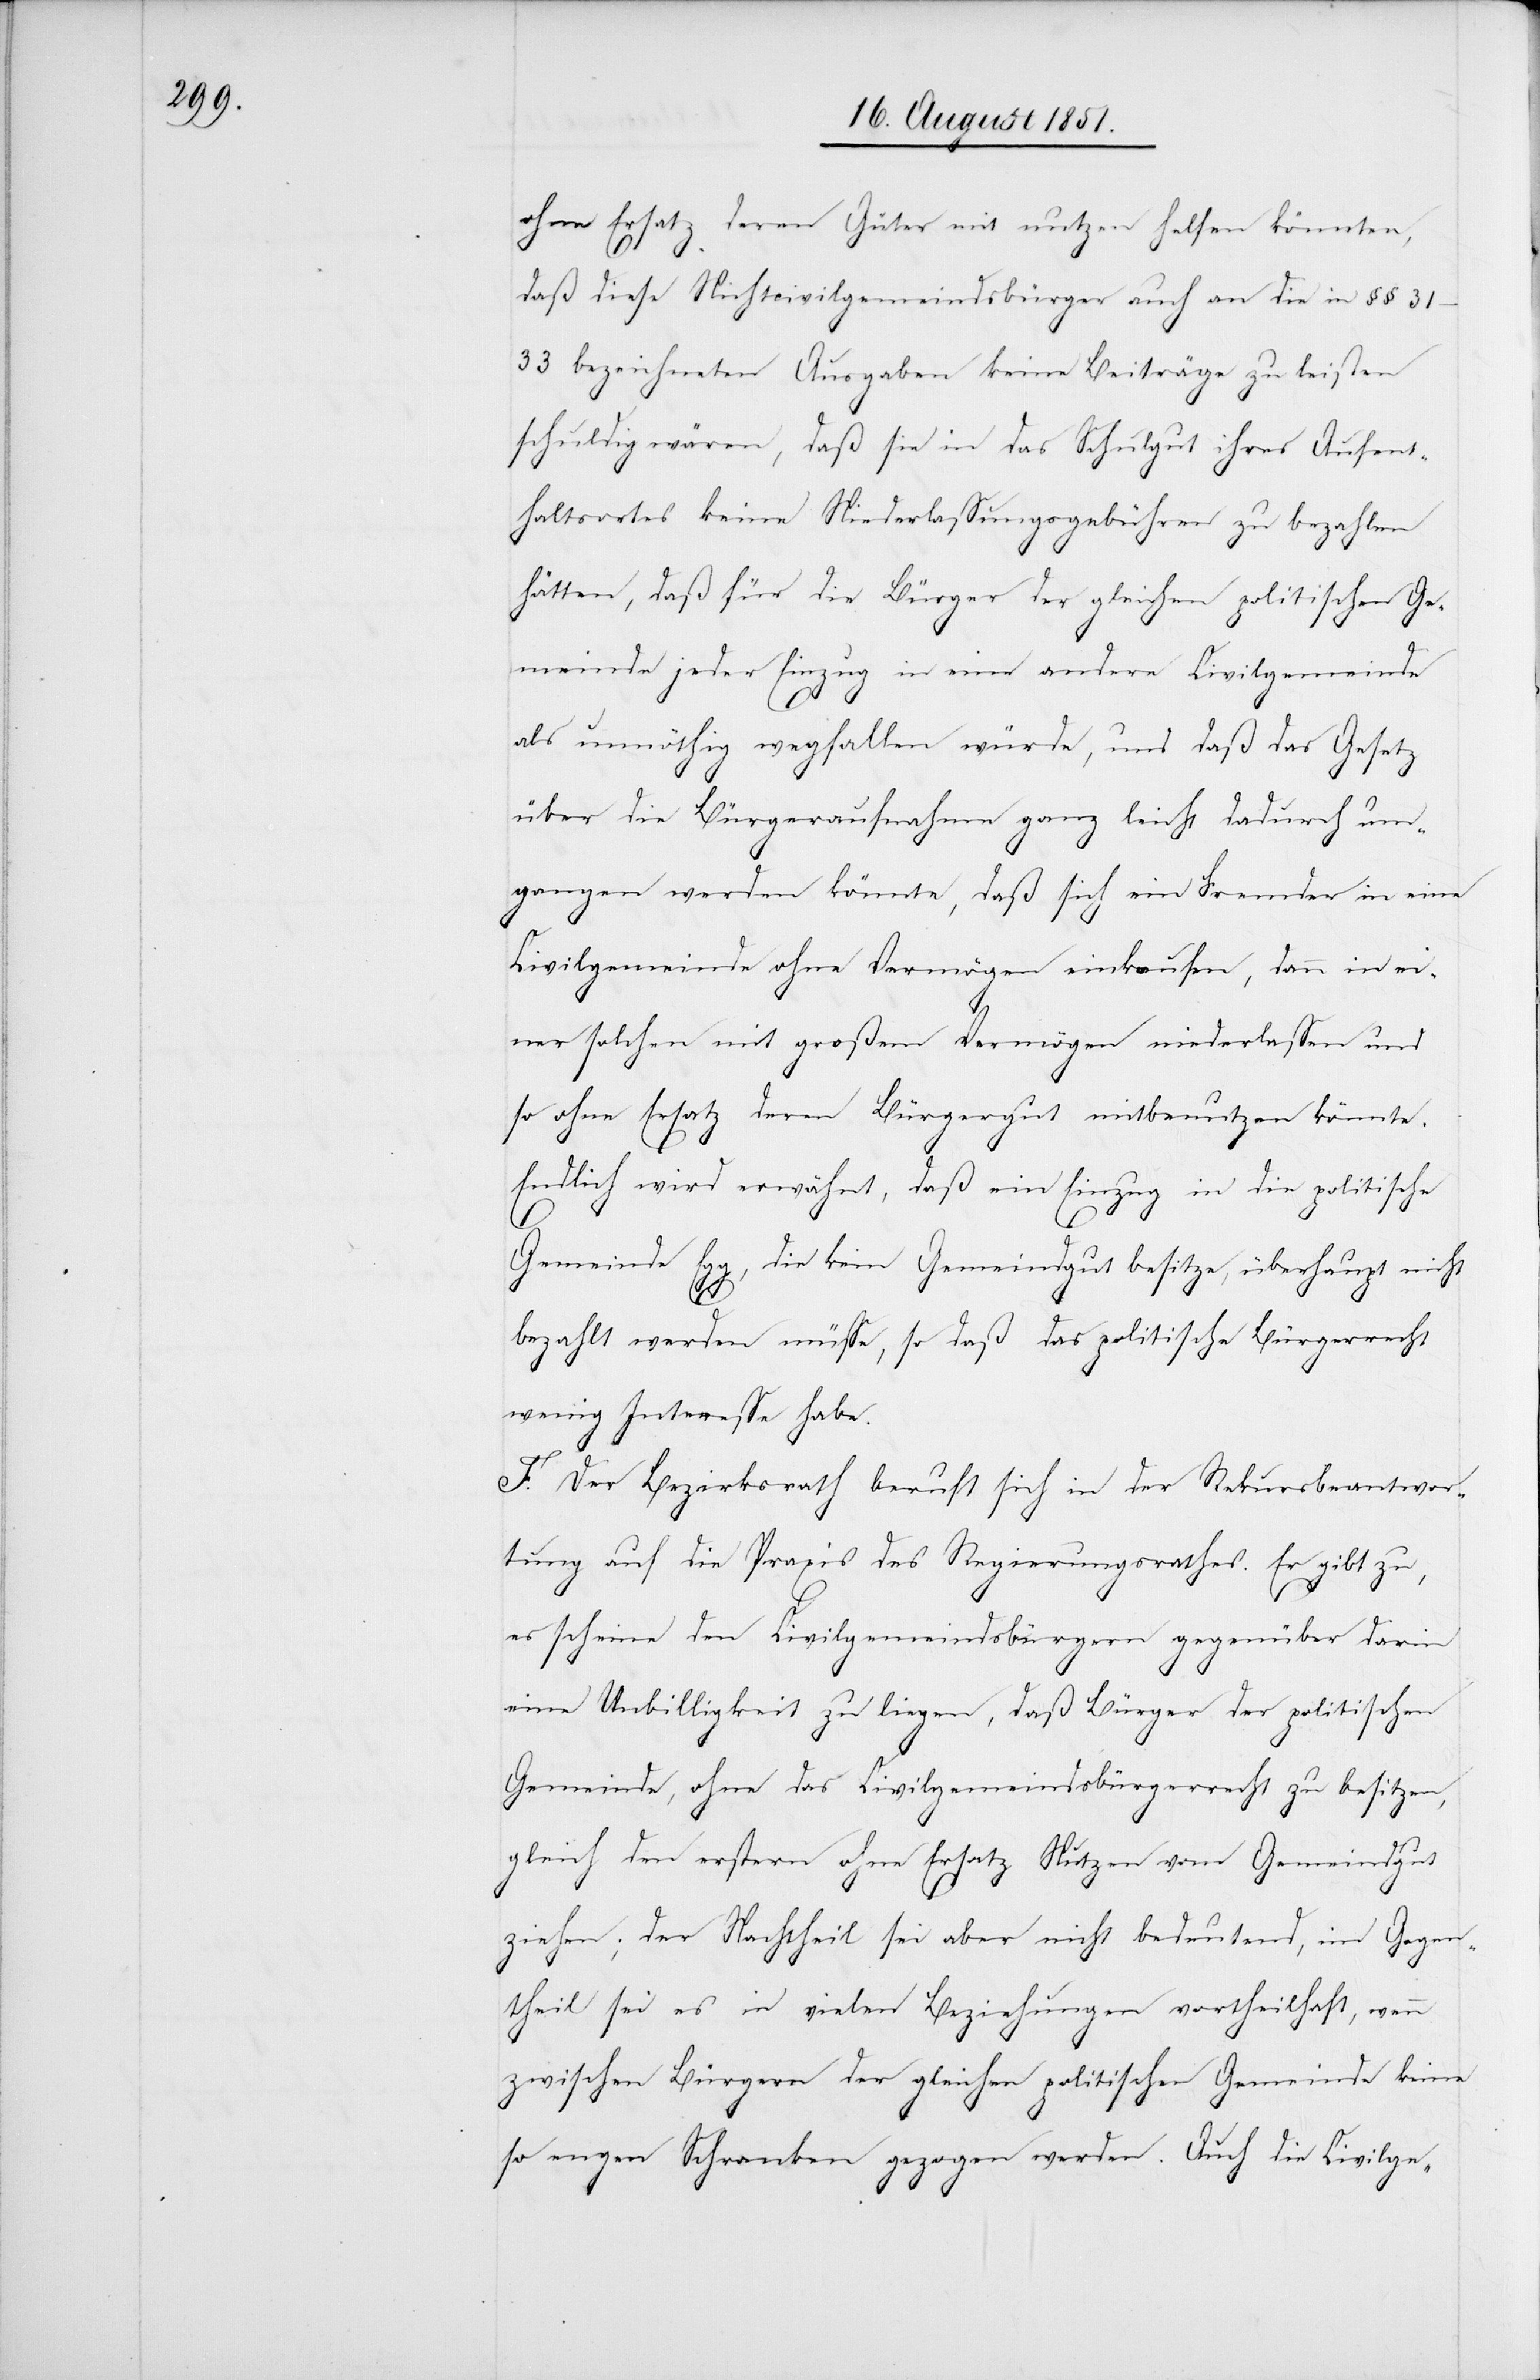
ohne Ersatz deren Güter mit nutzen helfen könnten,
daß diese Nichtcivilgemeindsbürger auch an die in §§
31–33 bezeichneten Ausgaben keine Beiträge zu leisten
schuldig wären, daß sie in das Schulgut ihres Aufent¬
haltsortes keine Niederlassungsgebühren zu bezahlen
hätten, daß für die Bürger der gleichen politischen Ge¬
meinde jeder Einzug in eine andere Civilgemeinde
als unnöthig wegfallen würde, und daß das Gesetz
über die Bürgeraufnahme ganz leicht dadurch um¬
gangen werden könnte, daß sich ein Fremder in eine
Civilgemeinde ohne Vermögen einkaufen, dann in ei¬
ner solchen mit großem Vermögen niederlassen und
so ohne Ersatz deren Bürgergut mitbenutzen könnte.
Endlich wird erwähnt, daß ein Einzug in die politische
Gemeinde Egg, die kein Gemeindgut besitze, überhaupt nicht
bezahlt werden müsse, so daß das politische Bürgerrecht
wenig Interesse habe.
F. Der Bezirksrath beruft sich in der Rekursbeantwor¬
tung auf die Praxis des Regierungsrathes. Er gibt zu,
es scheine den Civilgemeindsbürgern gegenüber darin
eine Unbilligkeit zu liegen, daß Bürger der politischen
Gemeinde, ohne das Civilgemeindsbürgerrecht zu besitzen,
gleich den erstern ohne Ersatz Nutzen vom Gemeindgut
ziehen; der Nachtheil sei aber nicht bedeutend, im Gegen¬
theil sei es in vielen Beziehungen vortheilhaft, wenn
zwischen Bürgern der gleichen politischen Gemeinde keine
so engen Schranken gezogen werden. Auch die Civilge-